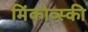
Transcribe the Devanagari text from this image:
मिंकोव्स्की